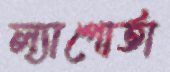
ল্যাপোর্তা